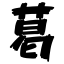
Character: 葛